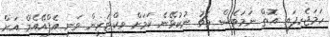
ހަމަޖެހިފައި އޮތް ނަމަވެސް މެޗު ނުކުޅޭނެ ކަމަށް ވިކްޓަރީން ވަނީ އެފްއޭއެމް އަށް